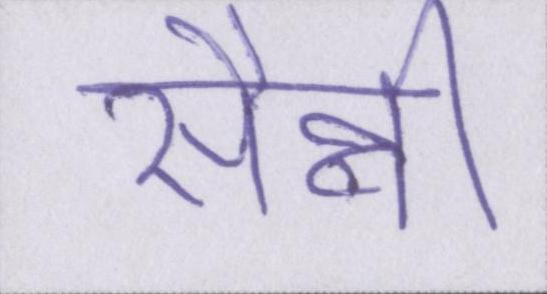
सैन्नी